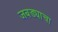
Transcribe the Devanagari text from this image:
जबड्याचा